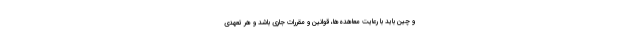
و چین باید با رعایت معاهده‌ها، قوانین و مقررات جاری باشد و هر تعهدی